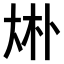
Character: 𠧭